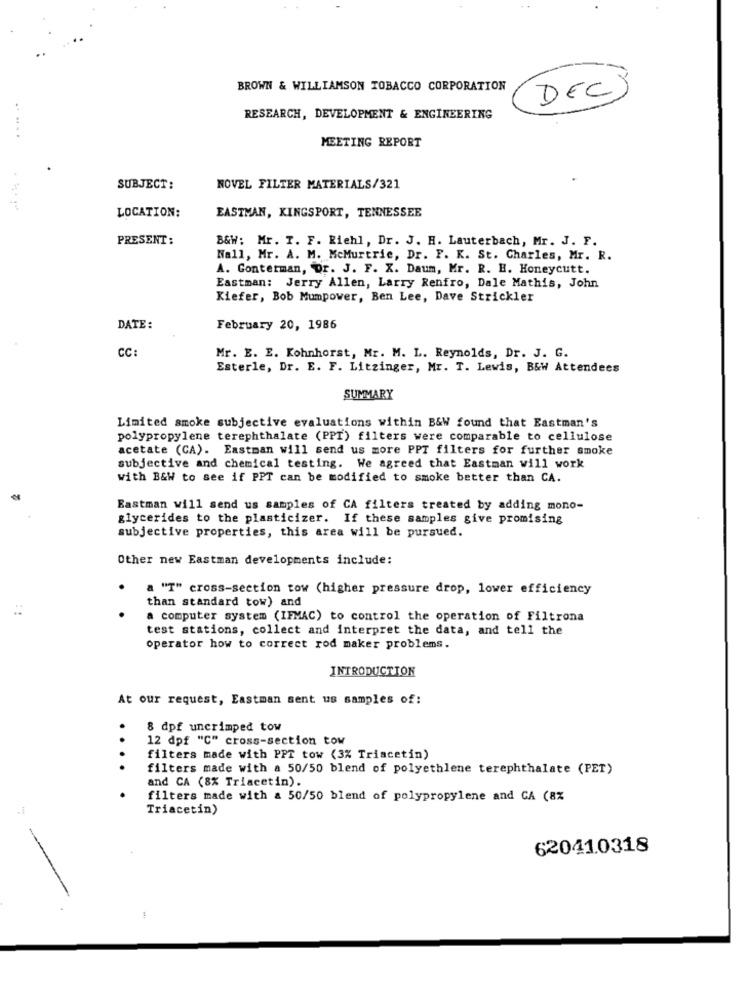
BROWN & WILLIAMSON TOBACCO CORPORATION
DEC)
RESEARCH, DEVELOPMENT & ENGINEERING
MEETING REPORT
SUBJECT:
NOVEL FILTER MATERIALS/321
LOCATION:
EASTMAN, KINGSPORT, TENNESSEE
PRESENT:
B&W: Mr. T. F. Riehl, Dr. J. H. Lauterbach, Mr. J. F.
Nall, Mr. A. M. McMurtrie, Dr. F. K. St. Charles, Mr. R.
A. Gonterman, Dr. J. F. X. Daum, Mr. R. H. Honeycutt.
Eastman: Jerry Allen, Larry Renfro, Dale Mathis, John
Kiefer, Bob Mumpower, Ben Lee, Dave Strickler
DATE :
February 20, 1986
CC:
Mr. E. E. Kohnhorst, Mr. M. L. Reynolds, Dr. J. G.
Esterle, Dr. E. F. Litzinger, Mr. T. Lewis, B&W Attendees
SUMMARY
Limited smoke subjective evaluations within B&W found that Eastman's
polypropylene terephthalate (PPI) filters were comparable to cellulose
acetate (CA). Eastman will send us more PPT filters for further smoke
subjective and chemical testing. We agreed that Eastman will work
with B&W to see if PPT can be modified to smoke better than CA.
Eastman will send us samples of CA filters treated by adding mono-
glycerides to the plasticizer. If these samples give promising
subjective properties, this area will be pursued.
Other new Eastman developments include:
a "T" cross-section tow (higher pressure drop, lower efficiency
than standard tow) and
a computer system (IFMAC) to control the operation of Filtrona
test stations, collect and interpret the data, and tell the
operator how to correct rod maker problems.
INTRODUCTION
At our request, Eastman sent us samples of:
.
8 dpf uncrimped tow
12 dof "C" cross-section tow
.
filters made with PPT tow (3% Triacetin)
filters made with a 50/50 blend of polyethlene terephthalate (PET)
and CA (8% Triacetin).
filters made with a 50/50 blend of polypropylene and CA (8%
Triacetin)
62041.0318